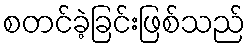
စတင်ခဲ့ခြင်းဖြစ်သည်